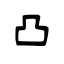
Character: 凸